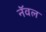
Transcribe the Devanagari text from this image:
नॅवल